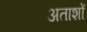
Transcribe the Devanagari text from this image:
अताशों